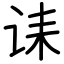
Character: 诔